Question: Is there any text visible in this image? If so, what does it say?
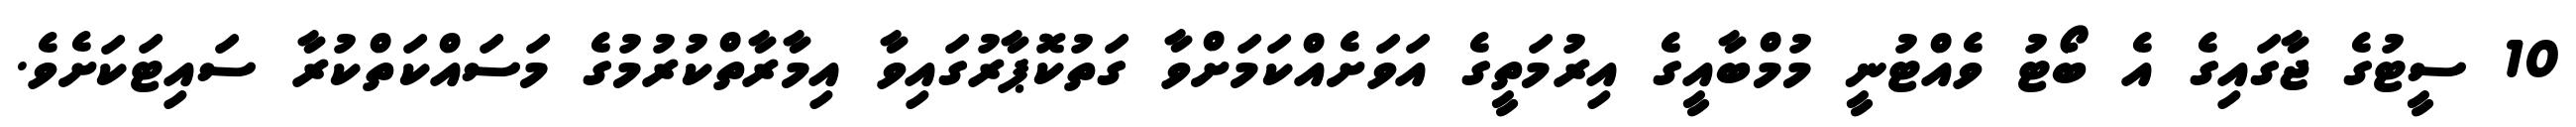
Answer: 10 ސީޓުގެ ޖާގައިގެ އެ ބޯޓު ވެއްޓުނީ މުމްބާއީގެ އިރުމަތީގެ އަވަށެއްކަމަށްވާ ގަތުކޮޕާރުގައިވާ އިމާރާތްކުރުމުގެ މަސައްކަތްކުރާ ސައިޓަކަށެވެ.